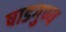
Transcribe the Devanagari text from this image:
षाडगुण्य